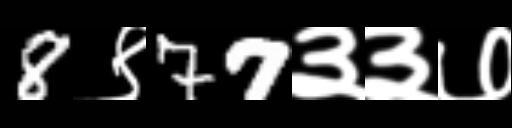
Text: 8९77३३७